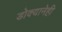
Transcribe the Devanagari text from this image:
डोक्यानेही